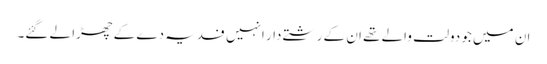
ان میں جو دولت والے تھے ان کے رشتے دار انہیں فدیہ دے کے چھڑا لے گئے۔